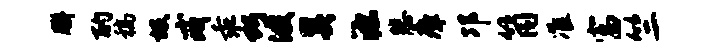
胼酌稿圾戒乖巧波奚源悲瘴邛筒准富竺